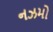
નઝમો